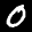
Label: 0